Problem: 7 × 8 = ?
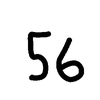
Handwritten answer: 56